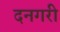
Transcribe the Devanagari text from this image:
दनगरी